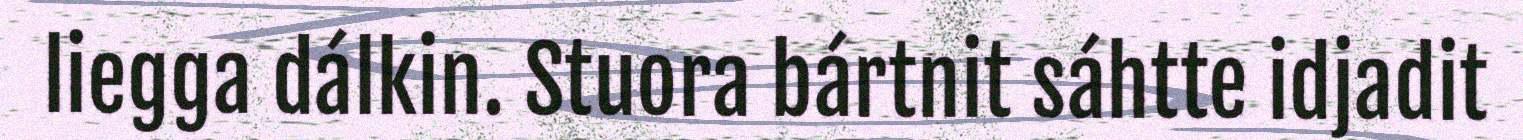
liegga dálkin. Stuora bártnit sáhtte idjadit